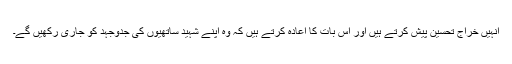
انہیں خراج تحسین پیش کرتے ہیں اور اس بات کا اعادہ کرتے ہیں کہ وہ اپنے شہید ساتھیوں کی جدوجہد کو جاری رکھیں گے۔